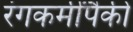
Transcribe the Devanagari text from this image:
रंगकर्मींपैकी